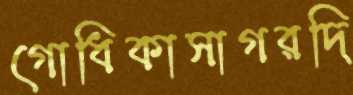
গোধিকাসাগরদি